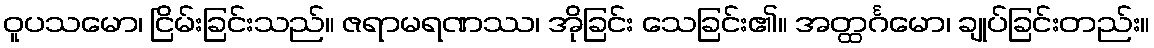
ဝူပသမော၊ ငြိမ်းခြင်းသည်။ ဇရာမရဏဿ၊ အိုခြင်း သေခြင်း၏။ အတ္ထင်္ဂမော၊ ချုပ်ခြင်းတည်း။